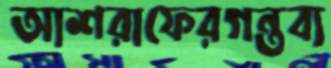
আশরাফেরগন্তব্য